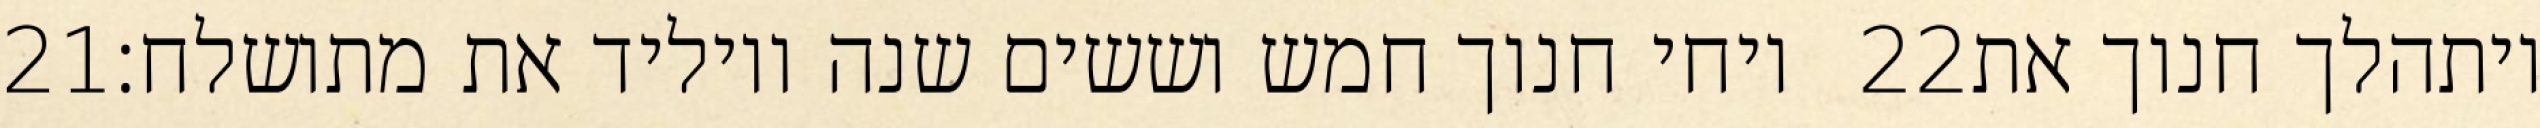
‎21‏ ויחי חנוך חמש וששים שנה ויוליד את מתושלח׃ ‎22‏ ויתהלך חנוך את